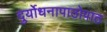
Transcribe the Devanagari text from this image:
दुर्योधनापाठोपाठ